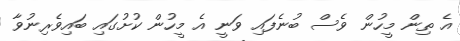
އެ ތިން މީހުން ވެސް ބުނެފައި ވަނީ އެ މީހުން ކުށުގައި ބައިވެރިނުވާ